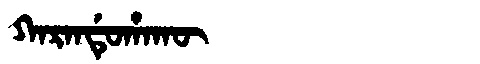
Manchu: ᡴᠠᡵᠠᠨᡩᡠᡥᠠᡴᡡ
Romanization: KARANDUHAKŪ